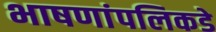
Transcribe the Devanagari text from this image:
भाषणांपलिकडे